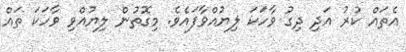
އެތައް ކުރު އަދި ދިގު ވާހަކަ ލިޔުއްވާފައެވެ. މިގޮތުން ލިޔުއްވި ވާހަކަ ތައް